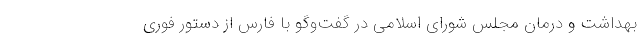
بهداشت و درمان مجلس شورای اسلامی در گفت‌وگو با فارس از دستور فوری